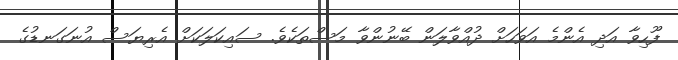
ފޫހިވާ އަދި އެންމެ އަވަހަށް ދުއްވާލަން ބޭނުންވާ މަސްތަކެވެ. ސައިކަލަކަށް އެރިޔަސް އުނަގަނޑުގެ